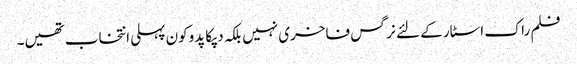
فلم راک اسٹار کے لئے نرگس فاخری نہیں بلکہ دپکا پدوکون پہلی انتخاب تھیں۔